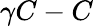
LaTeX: \gamma C-C